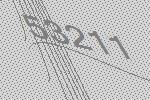
53211